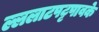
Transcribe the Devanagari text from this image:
ल्ललाटपट्टपावके